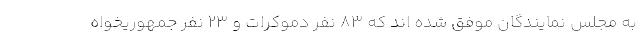
به مجلس نمایندگان موفق شده اند که 83 نفر دموکرات و 23 نفر جمهوریخواه